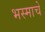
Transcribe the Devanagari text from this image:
भस्माचे